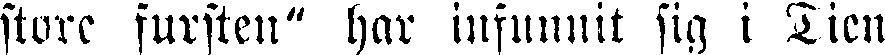
store fursten" har infunnit sig i Tien